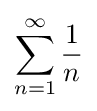
\sum _{n=1}^{\infty }{\frac {1}{n}}